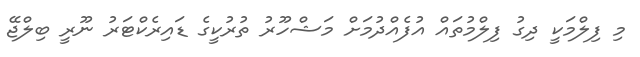
މި ފިލްމަކީ ދިގު ފިލްމުތައް އުފެއްދުމަށް މަޝްހޫރު ތުރުކީގެ ޑައިރެކްޓަރު ނޫރީ ބިލްޖޭ